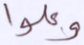
وعلوا